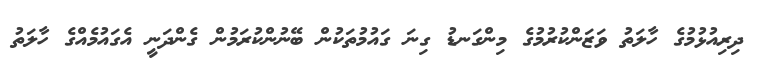
ދިރިއުޅުމުގެ ހާލަތު ވަޒަންކުރުމުގެ މިންގަނޑު ގިނަ ގައުމުތަކުން ބޭނުންކުރަމުން ގެންދަނީ އެގައުމެއްގެ ހާލަތު